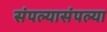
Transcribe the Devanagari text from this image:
संपल्यासंपल्या